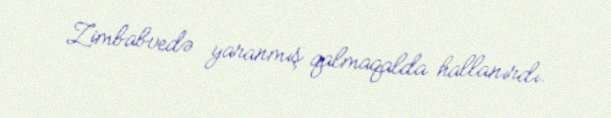
Zimbabvedə yaranmış qalmaqalda hallanırdı.